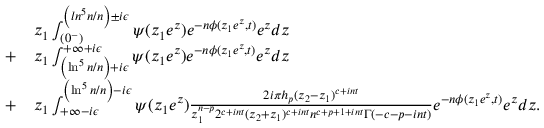
\begin{array} { r l } & { z _ { 1 } \int _ { ( 0 ^ { - } ) } ^ { \left( l n ^ { 5 } n / n \right) \pm i \epsilon } \psi ( z _ { 1 } e ^ { z } ) e ^ { - n \phi ( z _ { 1 } e ^ { z } , t ) } e ^ { z } d z } \\ { + } & { z _ { 1 } \int _ { \left( \ln ^ { 5 } n / n \right) + i \epsilon } ^ { + \infty + i \epsilon } \psi ( z _ { 1 } e ^ { z } ) e ^ { - n \phi ( z _ { 1 } e ^ { z } , t ) } e ^ { z } d z } \\ { + } & { z _ { 1 } \int _ { + \infty - i \epsilon } ^ { \left( \ln ^ { 5 } n / n \right) - i \epsilon } \psi ( z _ { 1 } e ^ { z } ) \frac { 2 i \pi h _ { p } ( z _ { 2 } - z _ { 1 } ) ^ { c + i n t } } { z _ { 1 } ^ { n - p } 2 ^ { c + i n t } ( z _ { 2 } + z _ { 1 } ) ^ { c + i n t } n ^ { c + p + 1 + i n t } \Gamma ( - c - p - i n t ) } e ^ { - n \phi ( z _ { 1 } e ^ { z } , t ) } e ^ { z } d z . } \end{array}